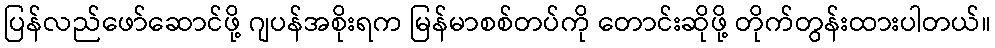
ပြန်လည်ဖော်ဆောင်ဖို့ ဂျပန်အစိုးရက မြန်မာစစ်တပ်ကို တောင်းဆိုဖို့ တိုက်တွန်းထားပါတယ်။